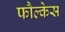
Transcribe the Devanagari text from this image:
फौल्केस